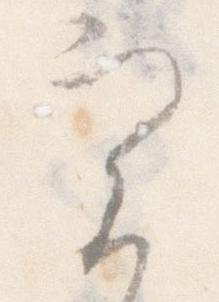
実